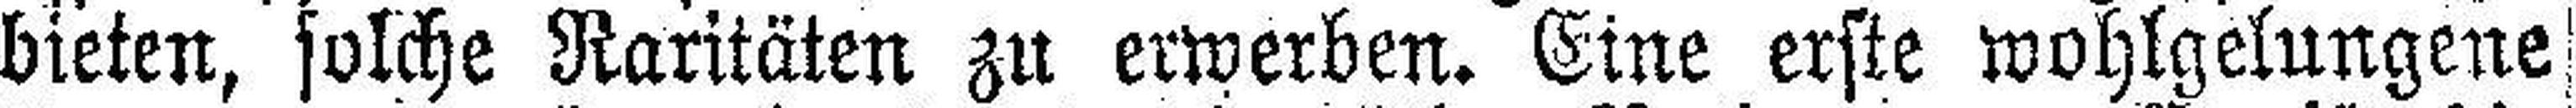
bieten, solche Raritäten zu erwerben. Eine erste wohlgelungene